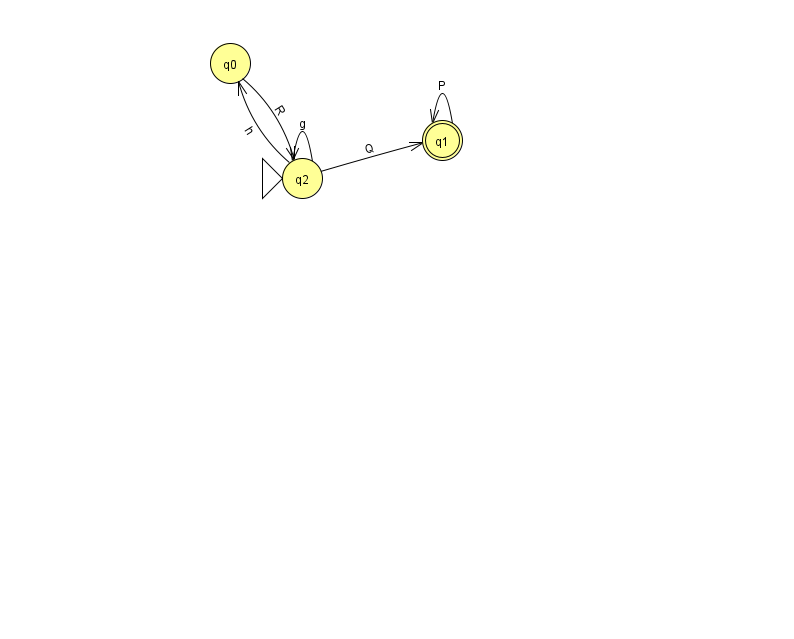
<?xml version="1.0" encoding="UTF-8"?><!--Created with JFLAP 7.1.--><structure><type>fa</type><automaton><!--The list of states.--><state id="0" name="q0"><x>230.0</x><y>50.0</y></state><state id="1" name="q1"><x>442.0</x><y>127.0</y><final/></state><state id="2" name="q2"><x>302.0</x><y>165.0</y><initial/></state><!--The list of transitions.--><transition><from>1</from><to>1</to><read>P</read></transition><transition><from>0</from><to>2</to><read>R</read></transition><transition><from>2</from><to>2</to><read>g</read></transition><transition><from>2</from><to>1</to><read>Q</read></transition><transition><from>2</from><to>0</to><read>h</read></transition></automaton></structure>